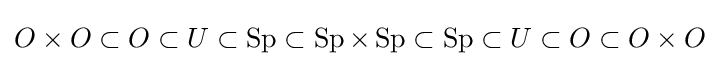
O\times O\subset O\subset U\subset \operatorname {Sp} \subset \operatorname {Sp} \times \operatorname {Sp} \subset \operatorname {Sp} \subset U\subset O\subset O\times O